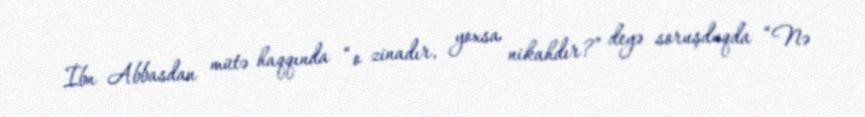
İbn Abbasdan mütə haqqında “o zinadır, yoxsa nikahdır?” deyə soruşduqda “Nə